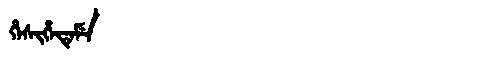
Manchu: ᡥᡝᠰᡳᡥᡝᡨᡝᠮᡝ
Romanization: HESIHETEME